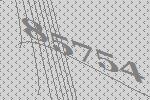
85754